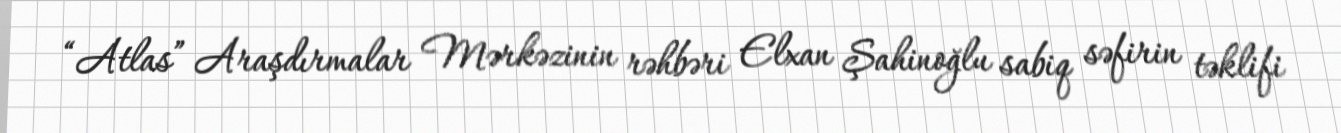
“Atlas” Araşdırmalar Mərkəzinin rəhbəri Elxan Şahinoğlu sabiq səfirin təklifi